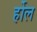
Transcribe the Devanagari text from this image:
र्होल